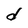
Character: d